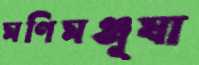
মণিমঞ্জূষা